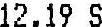
12.19 S